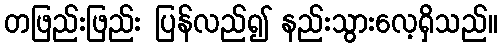
တဖြည်းဖြည်း ပြန်လည်၍ နည်းသွားလေ့ရှိသည်။